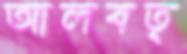
আলবত্